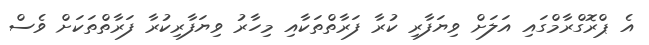
އެ ޕްރޮގްރާމްގައި އަލަށް ވިޔަފާރި ކުރާ ފަރާތްތަކާއި މިހާރު ވިޔަފާރިކުރާ ފަރާތްތަކަށް ވެސް